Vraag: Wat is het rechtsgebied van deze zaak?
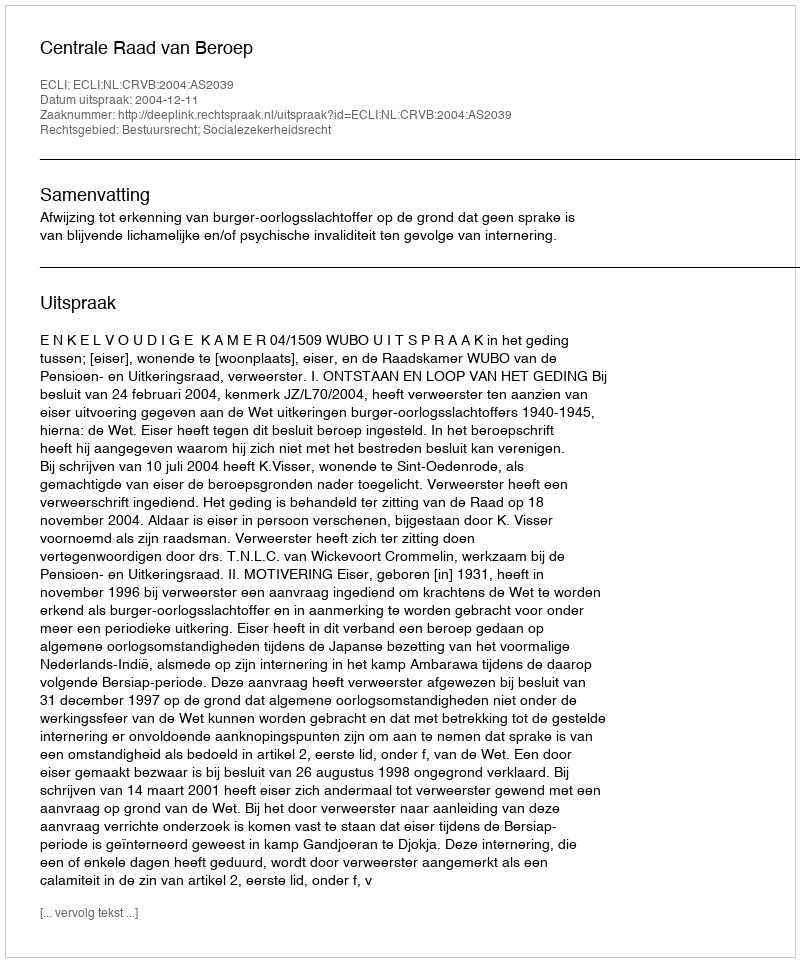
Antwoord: Bestuursrecht; Socialezekerheidsrecht